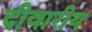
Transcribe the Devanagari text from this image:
दीवारीय